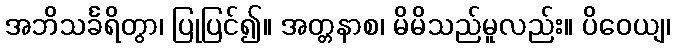
အဘိသင်္ခရိတွာ၊ ပြုပြင်၍။ အတ္တနာစ၊ မိမိသည်မူလည်း။ ပိဝေယျ၊